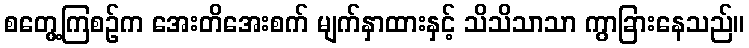
စတွေ့ကြစဉ်က အေးတိအေးစက် မျက်နှာထားနှင့် သိသိသာသာ ကွာခြားနေသည်။